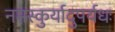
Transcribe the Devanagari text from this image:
नमस्कुर्यादुपर्यधः